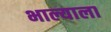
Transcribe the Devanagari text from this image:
भाल्याला